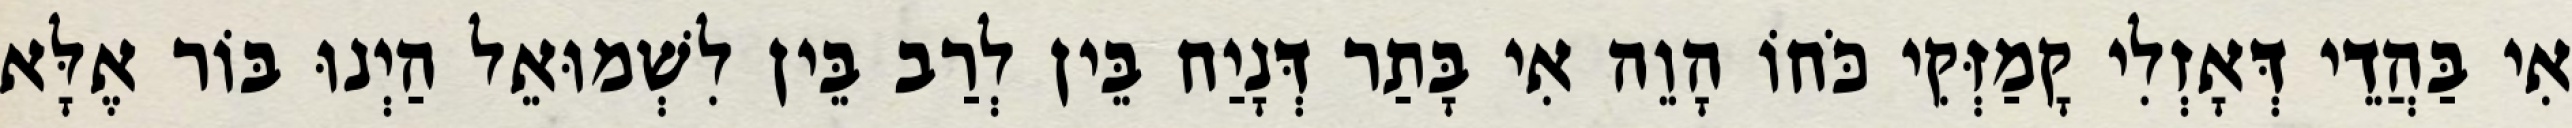
אִי בַּהֲדֵי דְּאָזְלִי קָמַזְּקִי כֹּחוֹ הָוֵה אִי בָּתַר דְּנָיַח בֵּין לְרַב בֵּין לִשְׁמוּאֵל הַיְנוּ בּוֹר אֶלָּא